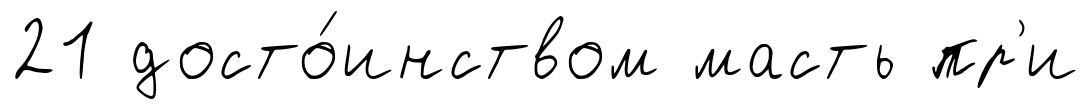
21 досто́инством масть пр'и